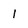
Character: 1